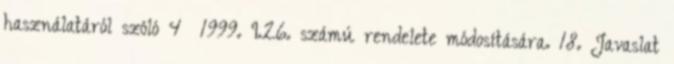
használatáról szóló 4 1999. I.26. számú rendelete módosítására. 18. Javaslat